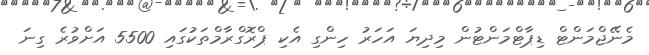
މެނޭޖްމަންޓް ޑިޕާޓްމަންޓުން މިދިޔަ އަހަރު ހިންގި އެކި ޕްރޮގްރާމްތަކުގައި 5500 އަށްވުރެ ގިނަ